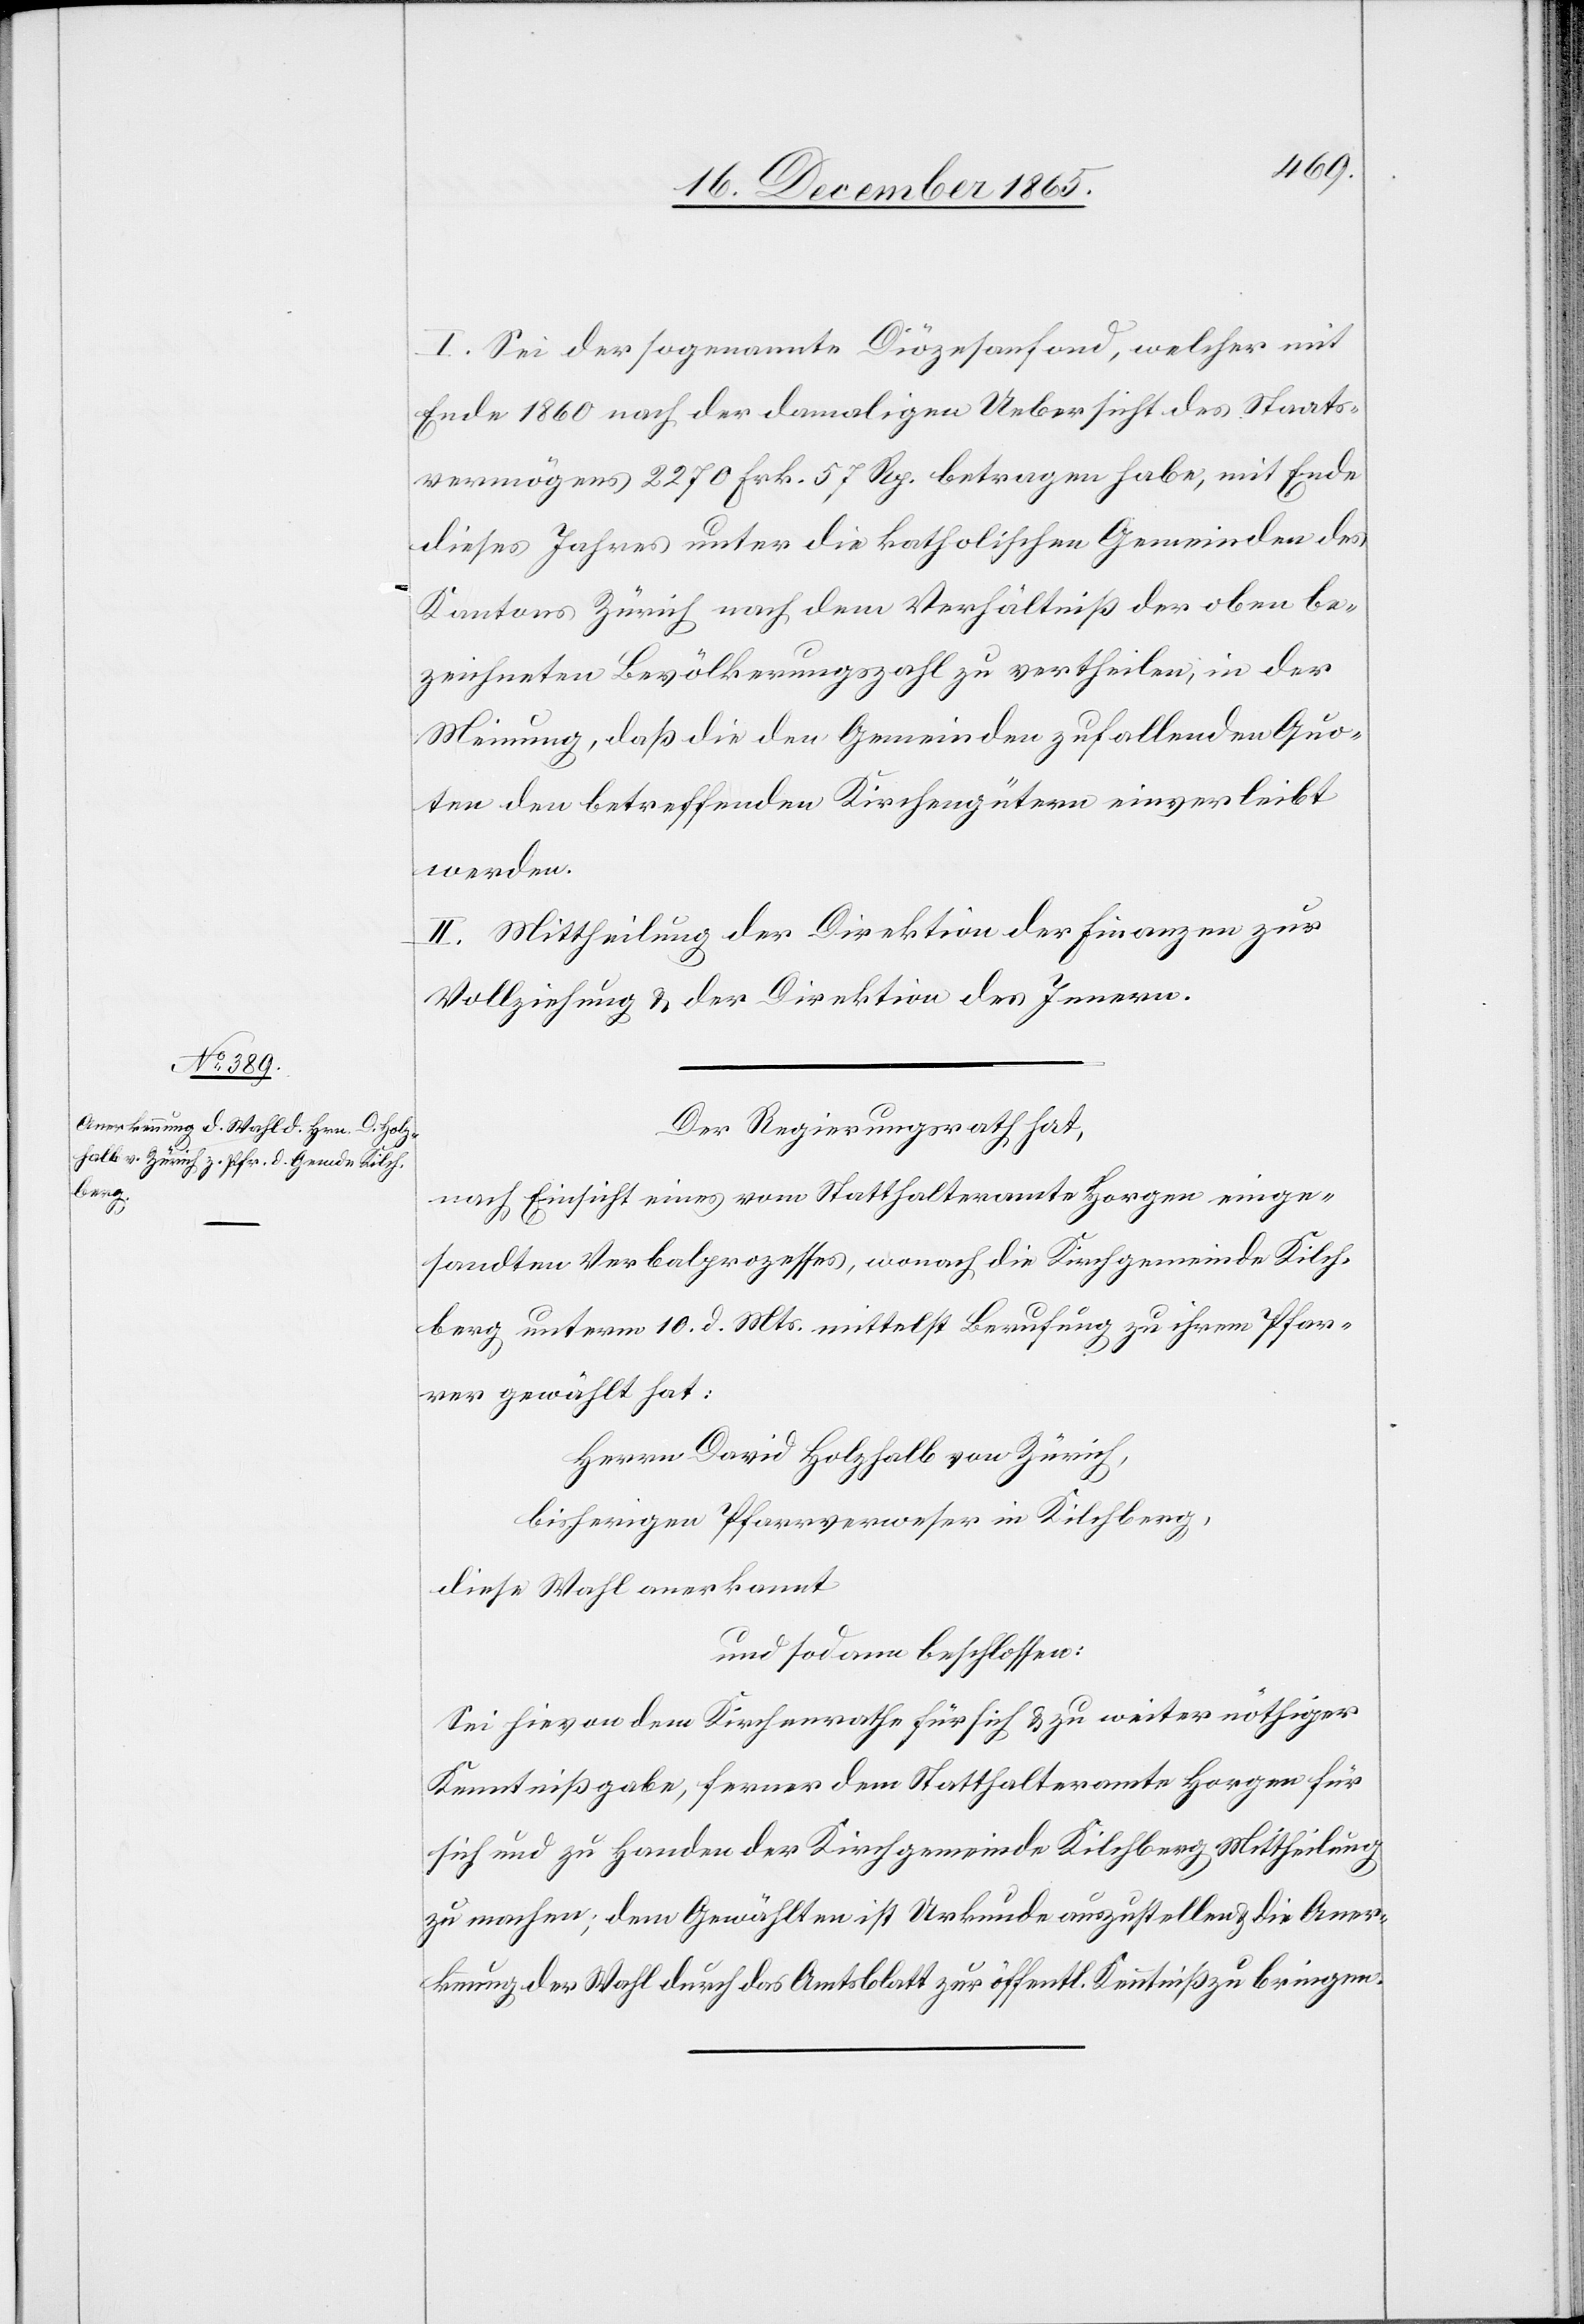
I. Sei der sogenannte Diözesenfond, welcher mit
Ende 1860 nach der damaligen Uebersicht des Staats¬
vermögens 2270 Frk. 57 Rp. betragen habe, mit Ende
dieses Jahres unter die katholischen Gemeinden des
Kantons Zürich nach dem Verhältniß der oben be¬
zeichneten Bevölkerungszahl zu vertheilen, in der
Meinung, daß die den Gemeinden zufallenden Quo¬
ten den betreffenden Kirchengütern einverleibt
werden.
II. Mittheilung der Direktion der Finanzen zur
Vollziehung & der Direktion des Innern.
Der Regierungsrath hat,
nach Einsicht eines vom Statthalteramte Horgen einge¬
sandten Verbalprozesses, wonach die Kirchgemeinde Kilch¬
berg unterm 10. d. Mts. mittelst Berufung zu ihrem Pfar¬
rer gewählt hat:
Herrn David Holzhalb von Zürich,
bisherigen Pfarrverweser in Kilchberg,
diese Wahl anerkannt
und sodann beschlossen:
Sei hievon dem Kirchenrathe für sich & zu weiter nöthiger
Kenntnißgabe, ferner dem Statthalteramte Horgen für
sich und zu Handen der Kirchgemeinde Kilchberg Mittheilung
zu machen; dem Gewählten ist Urkunde auszustellen & die Aner¬
kennung der Wahl durch das Amtsblatt zur öffentl. Kenntniß zu bringen.